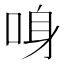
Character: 𠲳